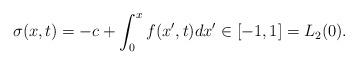
LaTeX: \begin{align*} \sigma(x,t)=-c + \int_0^x f(x',t)dx' \in [-1,1] =L_2(0).\end{align*}